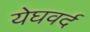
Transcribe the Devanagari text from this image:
येघवर्द